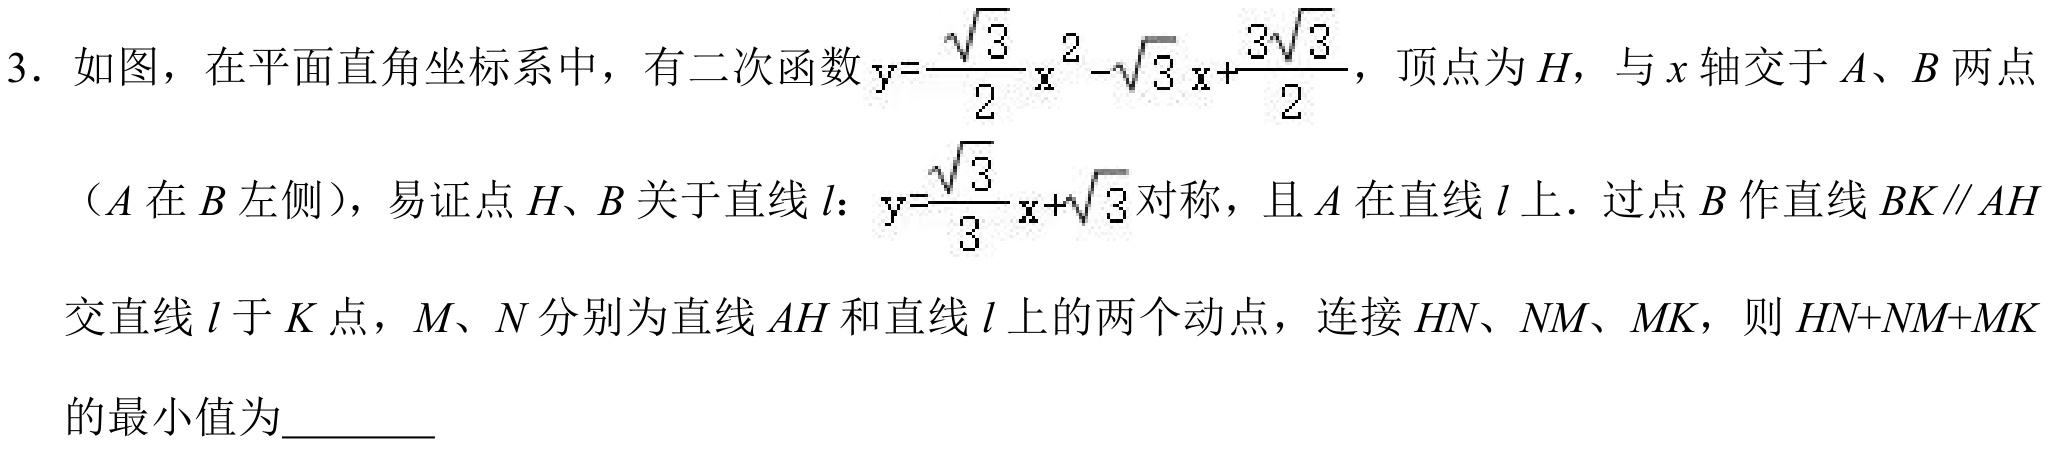
3. 如图，在平面直角坐标系中，有二次函数\(y = \frac{\sqrt{3}}{2}x^{2}-\sqrt{3}x+\frac{3\sqrt{3}}{2}\)，顶点为\(H\)，与\(x\)轴交于\(A、B\)两点
（\(A\)在\(B\)左侧），易证点\(H、B\)关于直线\(l\)：\(y = \frac{\sqrt{3}}{3}x+\sqrt{3}\)对称，且\(A\)在直线\(l\)上．过点\(B\)作直线\(BK\parallel AH\)
交直线\(l\)于\(K\)点，\(M、N\)分别为直线\(AH\)和直线\(l\)上的两个动点，连接\(HN、NM、MK\)，则\(HN + NM+MK\)
的最小值为________